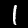
Digit: 1